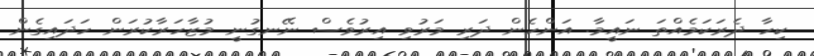
ކިހާ ދެރަކަމެއްތަ ނައީމާ. އަންހެން ދަރި މަރުވި އިރުވެސް ނޭނގުނީ މުޒާހަރާކުރަން ހަދައިގެން